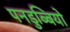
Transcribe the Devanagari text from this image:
पनडुब्बियो